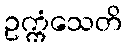
ဥက္ကံသေတိ